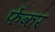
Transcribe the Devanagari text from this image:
फेंकर